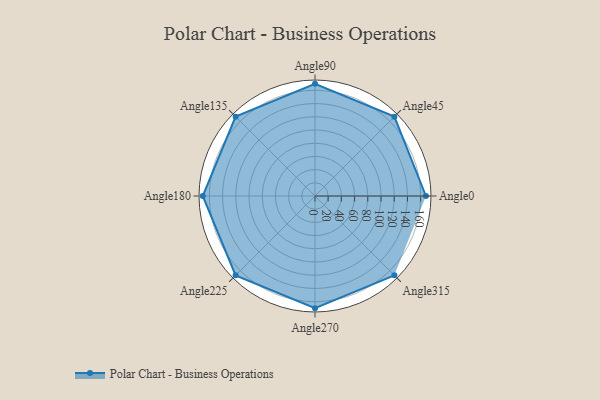
{"axis": {"x": "Angle", "y": "Radius"}, "legend": [""], "data": [{"x": "Angle0", "y": 168.0, "type": ""}, {"x": "Angle45", "y": 170, "type": ""}, {"x": "Angle90", "y": 170.0, "type": ""}, {"x": "Angle135", "y": 170.0, "type": ""}, {"x": "Angle180", "y": 170, "type": ""}, {"x": "Angle225", "y": 170, "type": ""}, {"x": "Angle270", "y": 170, "type": ""}, {"x": "Angle315", "y": 170, "type": ""}]}